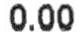
0.00